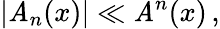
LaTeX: \left|{\cal\mathit{A}}_{n}(x)\right|\ll{\cal\mathit{A}}^{n}(x)\, ,